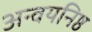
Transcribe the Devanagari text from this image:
अन्वयनिष्ठ